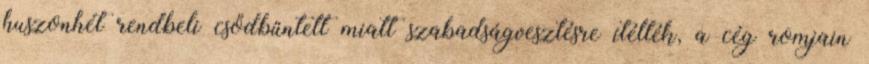
huszonhét rendbeli csődbűntett miatt szabadságvesztésre ítélték, a cég romjain